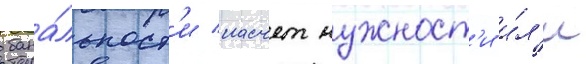
бана́льност'и насчет нужност'и и́л'и